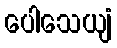
ပေါသေယျံ